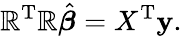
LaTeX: \mathbb{R}^{\mathrm{{{T}}}}\mathbb{R}{\hat{{\boldsymbol{\beta}}}}=X^{\mathrm{{{T}}}}\mathbf{{y}}.